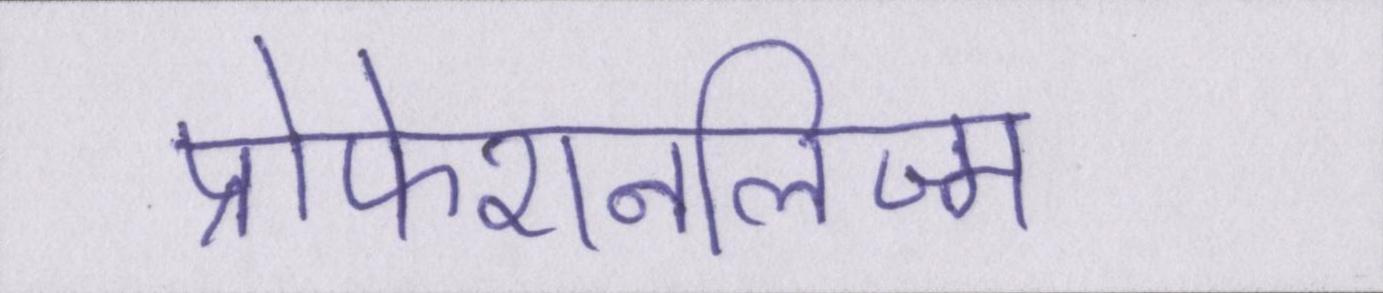
प्रोफेशनलिज्म